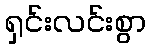
ရှင်းလင်းစွာ